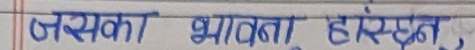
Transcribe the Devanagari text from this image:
जसका भावना हरु छन् ;